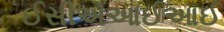
ઈસીએઆઈઆઈ